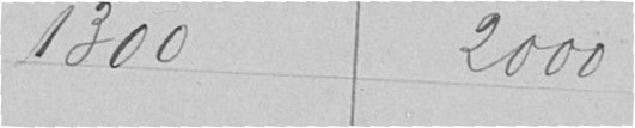
1300 2000